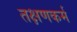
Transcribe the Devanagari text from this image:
तक्षणकर्म